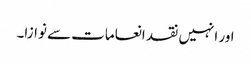
اور انہیں نقد انعامات سے نوازا۔